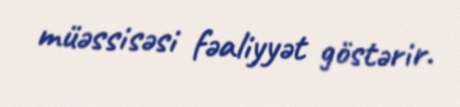
müəssisəsi fəaliyyət göstərir.